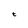
Character: t